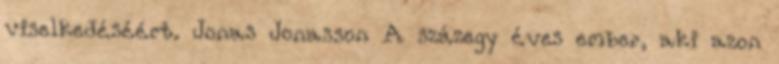
viselkedéséért. Jonas Jonasson A százegy éves ember, aki azon